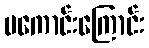
မကောင်းကြောင်း